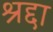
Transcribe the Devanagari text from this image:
श्रद्दा